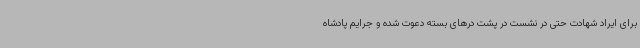
برای ایراد شهادت حتی در نشست در پشت درهای بسته دعوت شده و جرایم پادشاه